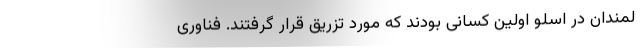
لمندان در اسلو اولین کسانی بودند که مورد تزریق قرار گرفتند. فناوری